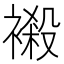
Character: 𧜁